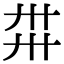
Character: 𢌽